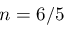
n = 6 / 5